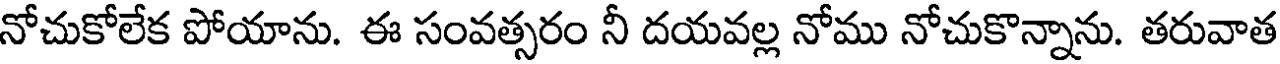
నోచుకోలేక పోయాను. ఈ సంవత్సరం నీ దయవల్ల నోము నోచుకొన్నాను. తరువాత